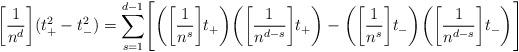
LaTeX: \begin{align*} \biggl[ \frac{1}{n^d} \biggr] (t_+^2 - t_-^2) = \sum_{s=1}^{d-1} \Biggl[ \biggl( \biggl[ \frac{1}{n^s} \biggr] t_+ \biggr) \biggl( \biggl[ \frac{1}{n^{d-s}} \biggr] t_+ \biggr) - \biggl( \biggl[ \frac{1}{n^s} \biggr] t_- \biggr) \biggl( \biggl[ \frac{1}{n^{d-s}} \biggr] t_- \biggr) \Biggr]\end{align*}